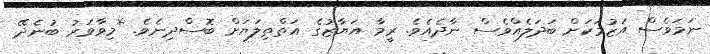
ނަމަވެސް އަޒުމަކަށް ބަދަލެއްވެސް ނާދެއެވެ. ރީމާ އަޔާޒުގެ އަތްތިލަޔަށް ބޮސްދިނެވެ. *މިވާވަރު ބުނެދޭ